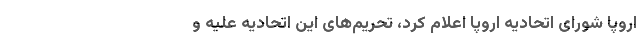
اروپا شورای اتحادیه اروپا اعلام کرد، تحریم‌های این اتحادیه علیه و